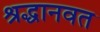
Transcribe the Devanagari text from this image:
श्रद्धानवत